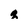
Character: q